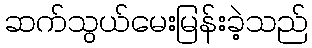
ဆက်သွယ်မေးမြန်းခဲ့သည်